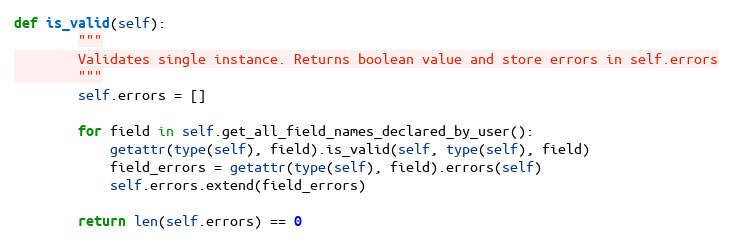
Language: Python
def is_valid(self):
        """
        Validates single instance. Returns boolean value and store errors in self.errors
        """
        self.errors = []

        for field in self.get_all_field_names_declared_by_user():
            getattr(type(self), field).is_valid(self, type(self), field)
            field_errors = getattr(type(self), field).errors(self)
            self.errors.extend(field_errors)

        return len(self.errors) == 0